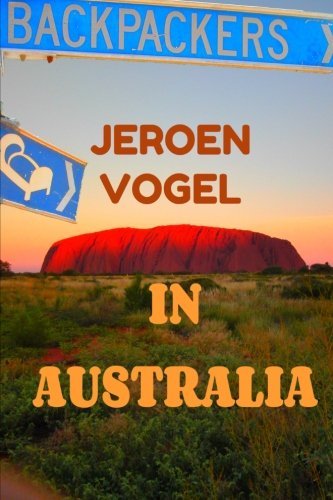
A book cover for In Australia; Jeroen Vogel; Travel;